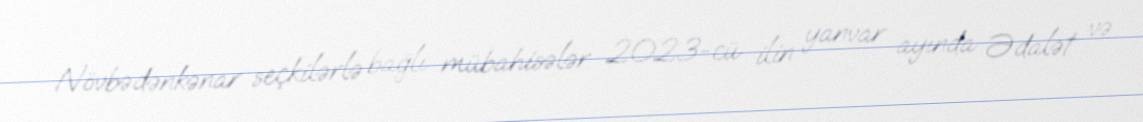
Növbədənkənar seçkilərlə bağlı mübahisələr 2023-cü ilin yanvar ayında Ədalət və